Sketch of the medical history of the native army of Bombay, for the year
Year: 1875
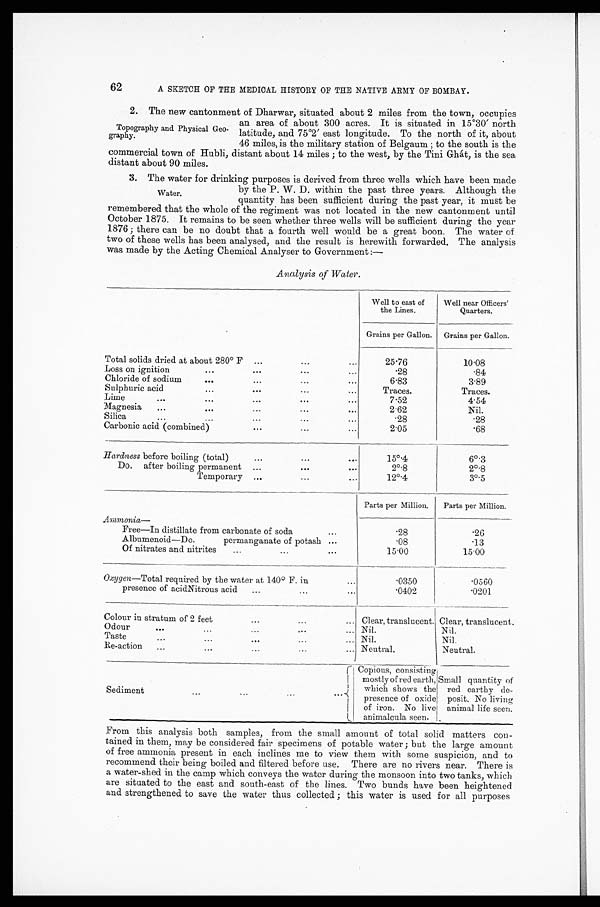
62
A SKETCH OF THE MEDICAL HISTORY OF THE NATIVE ARMY OF BOMBAY.
2. The new cantonment of Dharwar, situated about 2 miles from the town, occupies
an area of about 300 acres. It is situated in 15°30' north
latitude, and 75°2' east longitude. To the north of it, about
46 miles, is the military station of Belgaum; to the south is the
commercial town of Hubli, distant about 14 miles; to the west, by the Tini Ghát, is the sea
distant about 90 miles.
3. The water for drinking purposes is derived from three wells which have been made
by the P. W. D. within the past three years. Although the
quantity has been sufficient during the past year, it must be
remembered that the whole of the regiment was not located in the new cantonment until
October 1875. It remains to be seen whether three wells will be sufficient during the year
1876; there can be no doubt that a fourth well would be a great boon. The water of
two of these wells has been analysed, and the result is herewith forwarded. The analysis
was made by the Acting Chemical Analyser to Government:—
Analysis of Water.
Well to east of
the Lines.
Well near Officers'
Quarters.
Grains per Gallon. Grains per Gallon.
Total solids dried at about 280° F
25.76
10.08
Loss on ignition
.28
.84
Chloride of sodium
6.83
3.89
Sulphuric acid
Traces.
Traces.
Lime
7.52
4.54
Magnesia
2.62
Nil.
Silica
.28
.28
Carbonic acid (combined)
2.05
.68
Hardness before boiling (total)
15°.4
6°.3
Do. after boiling permanent
2°.8
2°.8
Temporary
12°.4
3°.5
Parts per Million.
Parts per Million.
Ammonia—
Free—In distillate from carbonate of soda
.28
.26
Albumenoid—Do. permanganate of potash
.08
.13
Of nitrates and nitrites
15.00
15.00
Oxygen—Total required by the water at 140° F. in
.0350
.0560
presence of acidNitrous acid
.0402
.0201
Colour in stratum of 2 feet
Clear, translucent. Clear, translucent.
Odour
Nil.
Nil.
Taste
Nil.
Nil.
Re-action
Neutral.
Neutral.
Sediment
Copious, consisting
mostly of red earth,
whi ch s hows t he pr es ence of oxi de of i r on. No l i ve ani mal cul a s een.
Small quantity of
r e d e a r t h y d e - p o s i t . N o l i v i n g a n i m a l l i f e s e e n .
From this analysis both samples, from the small amount of total solid matters con--
tained in them, may be considered fair specimens of potable water; but the large amount
of free ammonia present in each inclines me to view them with some suspicion, and to
recommend their being boiled and filtered before use. There are no rivers near. There is
a water-shed in the camp which conveys the water during the monsoon into two tanks, which
are situated to the east and south-east of the lines. Two bunds have been heightened
and strengthened to save the water thus collected; this water is used for all purposes
Topography and Physical Geo-
-graphy.
Water.